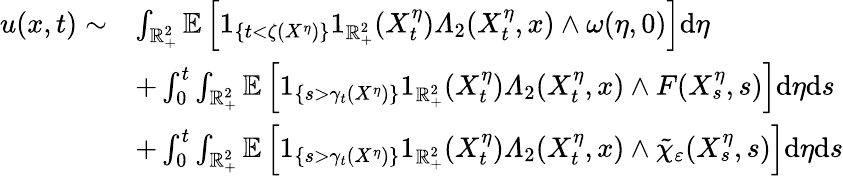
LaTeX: \begin{array}{rl}{u(x,t)\sim}&{\int_{\mathbb{R}_{+}^{2}}\mathbb{E}\left[1_{\{ t<\zeta(X^{\eta})\} }1_{\mathbb{R}_{+}^{2}}(X_{t}^{\eta})\varLambda_{2}(X_{t}^{\eta},x)\wedge\omega(\eta,0)\right]\mathrm{d}\eta}\\ &{+\int_{0}^{t}\int_{\mathbb{R}_{+}^{2}}\mathbb{E}\left[1_{\left\{ s>\gamma_{t}(X^{\eta})\right\} }1_{\mathbb{R}_{+}^{2}}(X_{t}^{\eta})\varLambda_{2}(X_{t}^{\eta},x)\wedge F(X_{s}^{\eta},s)\right]\mathrm{d}\eta\mathrm{d}s}\\ &{+\int_{0}^{t}\int_{\mathbb{R}_{+}^{2}}\mathbb{E}\left[1_{\left\{ s>\gamma_{t}(X^{\eta})\right\} }1_{\mathbb{R}_{+}^{2}}(X_{t}^{\eta})\varLambda_{2}(X_{t}^{\eta},x)\wedge\tilde{\chi}_{\varepsilon}(X_{s}^{\eta},s)\right]\mathrm{d}\eta\mathrm{d}s}\end{array}